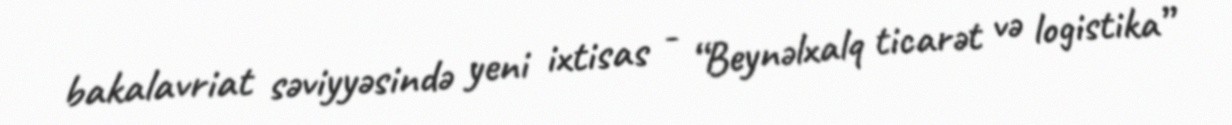
bakalavriat səviyyəsində yeni ixtisas - “Beynəlxalq ticarət və logistika”